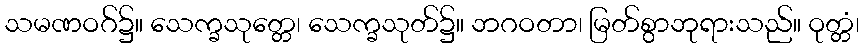
သမဏဝဂ်၌။ သေက္ခသုတ္တေ၊ သေက္ခသုတ်၌။ ဘဂဝတာ၊ မြတ်စွာဘုရားသည်။ ဝုတ္တံ၊